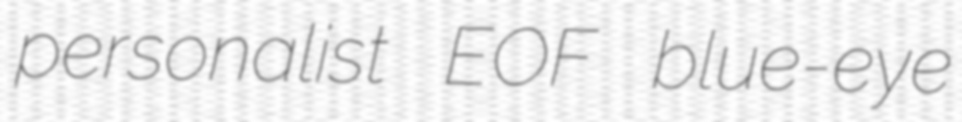
personalist EOF blue-eye